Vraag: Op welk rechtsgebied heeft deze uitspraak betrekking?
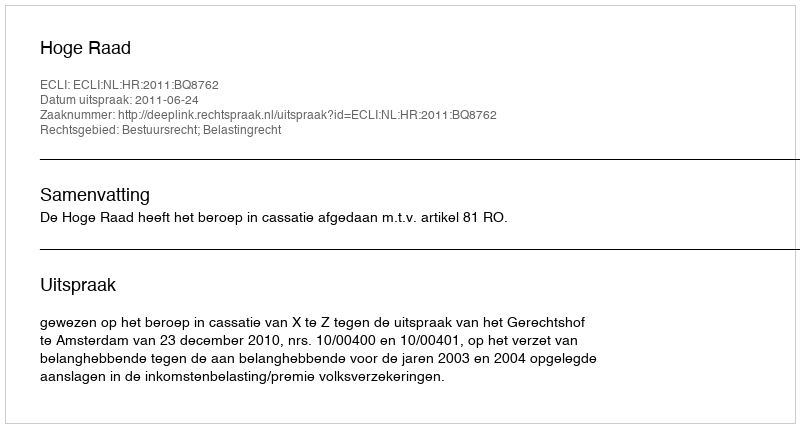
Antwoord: Bestuursrecht; Belastingrecht